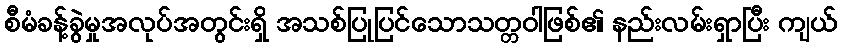
စီမံခန့်ခွဲမှုအလုပ်အတွင်းရှိ အသစ်ပြုပြင်သောသတ္တဝါဖြစ်၏ နည်းလမ်းရှာပြီး ကျယ်